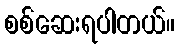
စစ်ဆေးရပါတယ်။